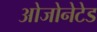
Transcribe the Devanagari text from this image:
ओजोनेटेड